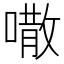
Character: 𠾎